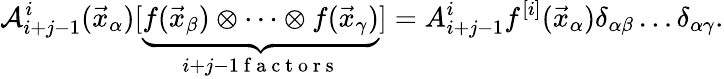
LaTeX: \mathcal A_{i+j-1}^{i}(\vec{x}_{\alpha})[\underset{i+j-1\mathrm{~f~a~c~t~o~r~s~}}{\underbrace{f(\vec{x}_{\beta})\otimes\dots\otimes f(\vec{x}_{\gamma})}}]=A_{i+j-1}^{i}f^{[i]}(\vec{x}_{\alpha})\delta_{\alpha\beta}\dots\delta_{\alpha\gamma}.